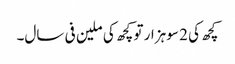
کچھ کی 2 سو ہزار تو کچھ کی ملین فی سال۔